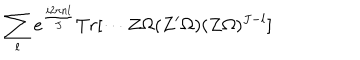
\sum _ { l } e ^ { \frac { i 2 \pi n l } { J } } T r [ \cdots Z \Omega ( Z ^ { \prime } \Omega ) ( Z \Omega ) ^ { J - l } ]